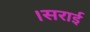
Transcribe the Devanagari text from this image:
।सराई